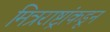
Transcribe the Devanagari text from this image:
मित्रराष्ट्रांकडून